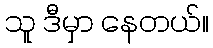
သူ ဒီမှာ နေတယ်။